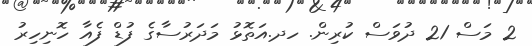
2 މަސް 21 ދުވަސް ކުރިން. ހދ.އަތޮޅު މަދަރުސާގެ ފުޑް ފެއާ ހޮނިހިރު